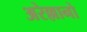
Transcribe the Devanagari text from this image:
अरेल्लानो